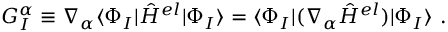
G _ { I } ^ { \alpha } \equiv \nabla _ { \alpha } \langle \Phi _ { I } | \hat { H } ^ { e l } | \Phi _ { I } \rangle = \langle \Phi _ { I } | ( \nabla _ { \alpha } \hat { H } ^ { e l } ) | \Phi _ { I } \rangle ~ .